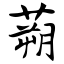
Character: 蒴